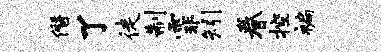
僭了徒制霏矧眷控褊